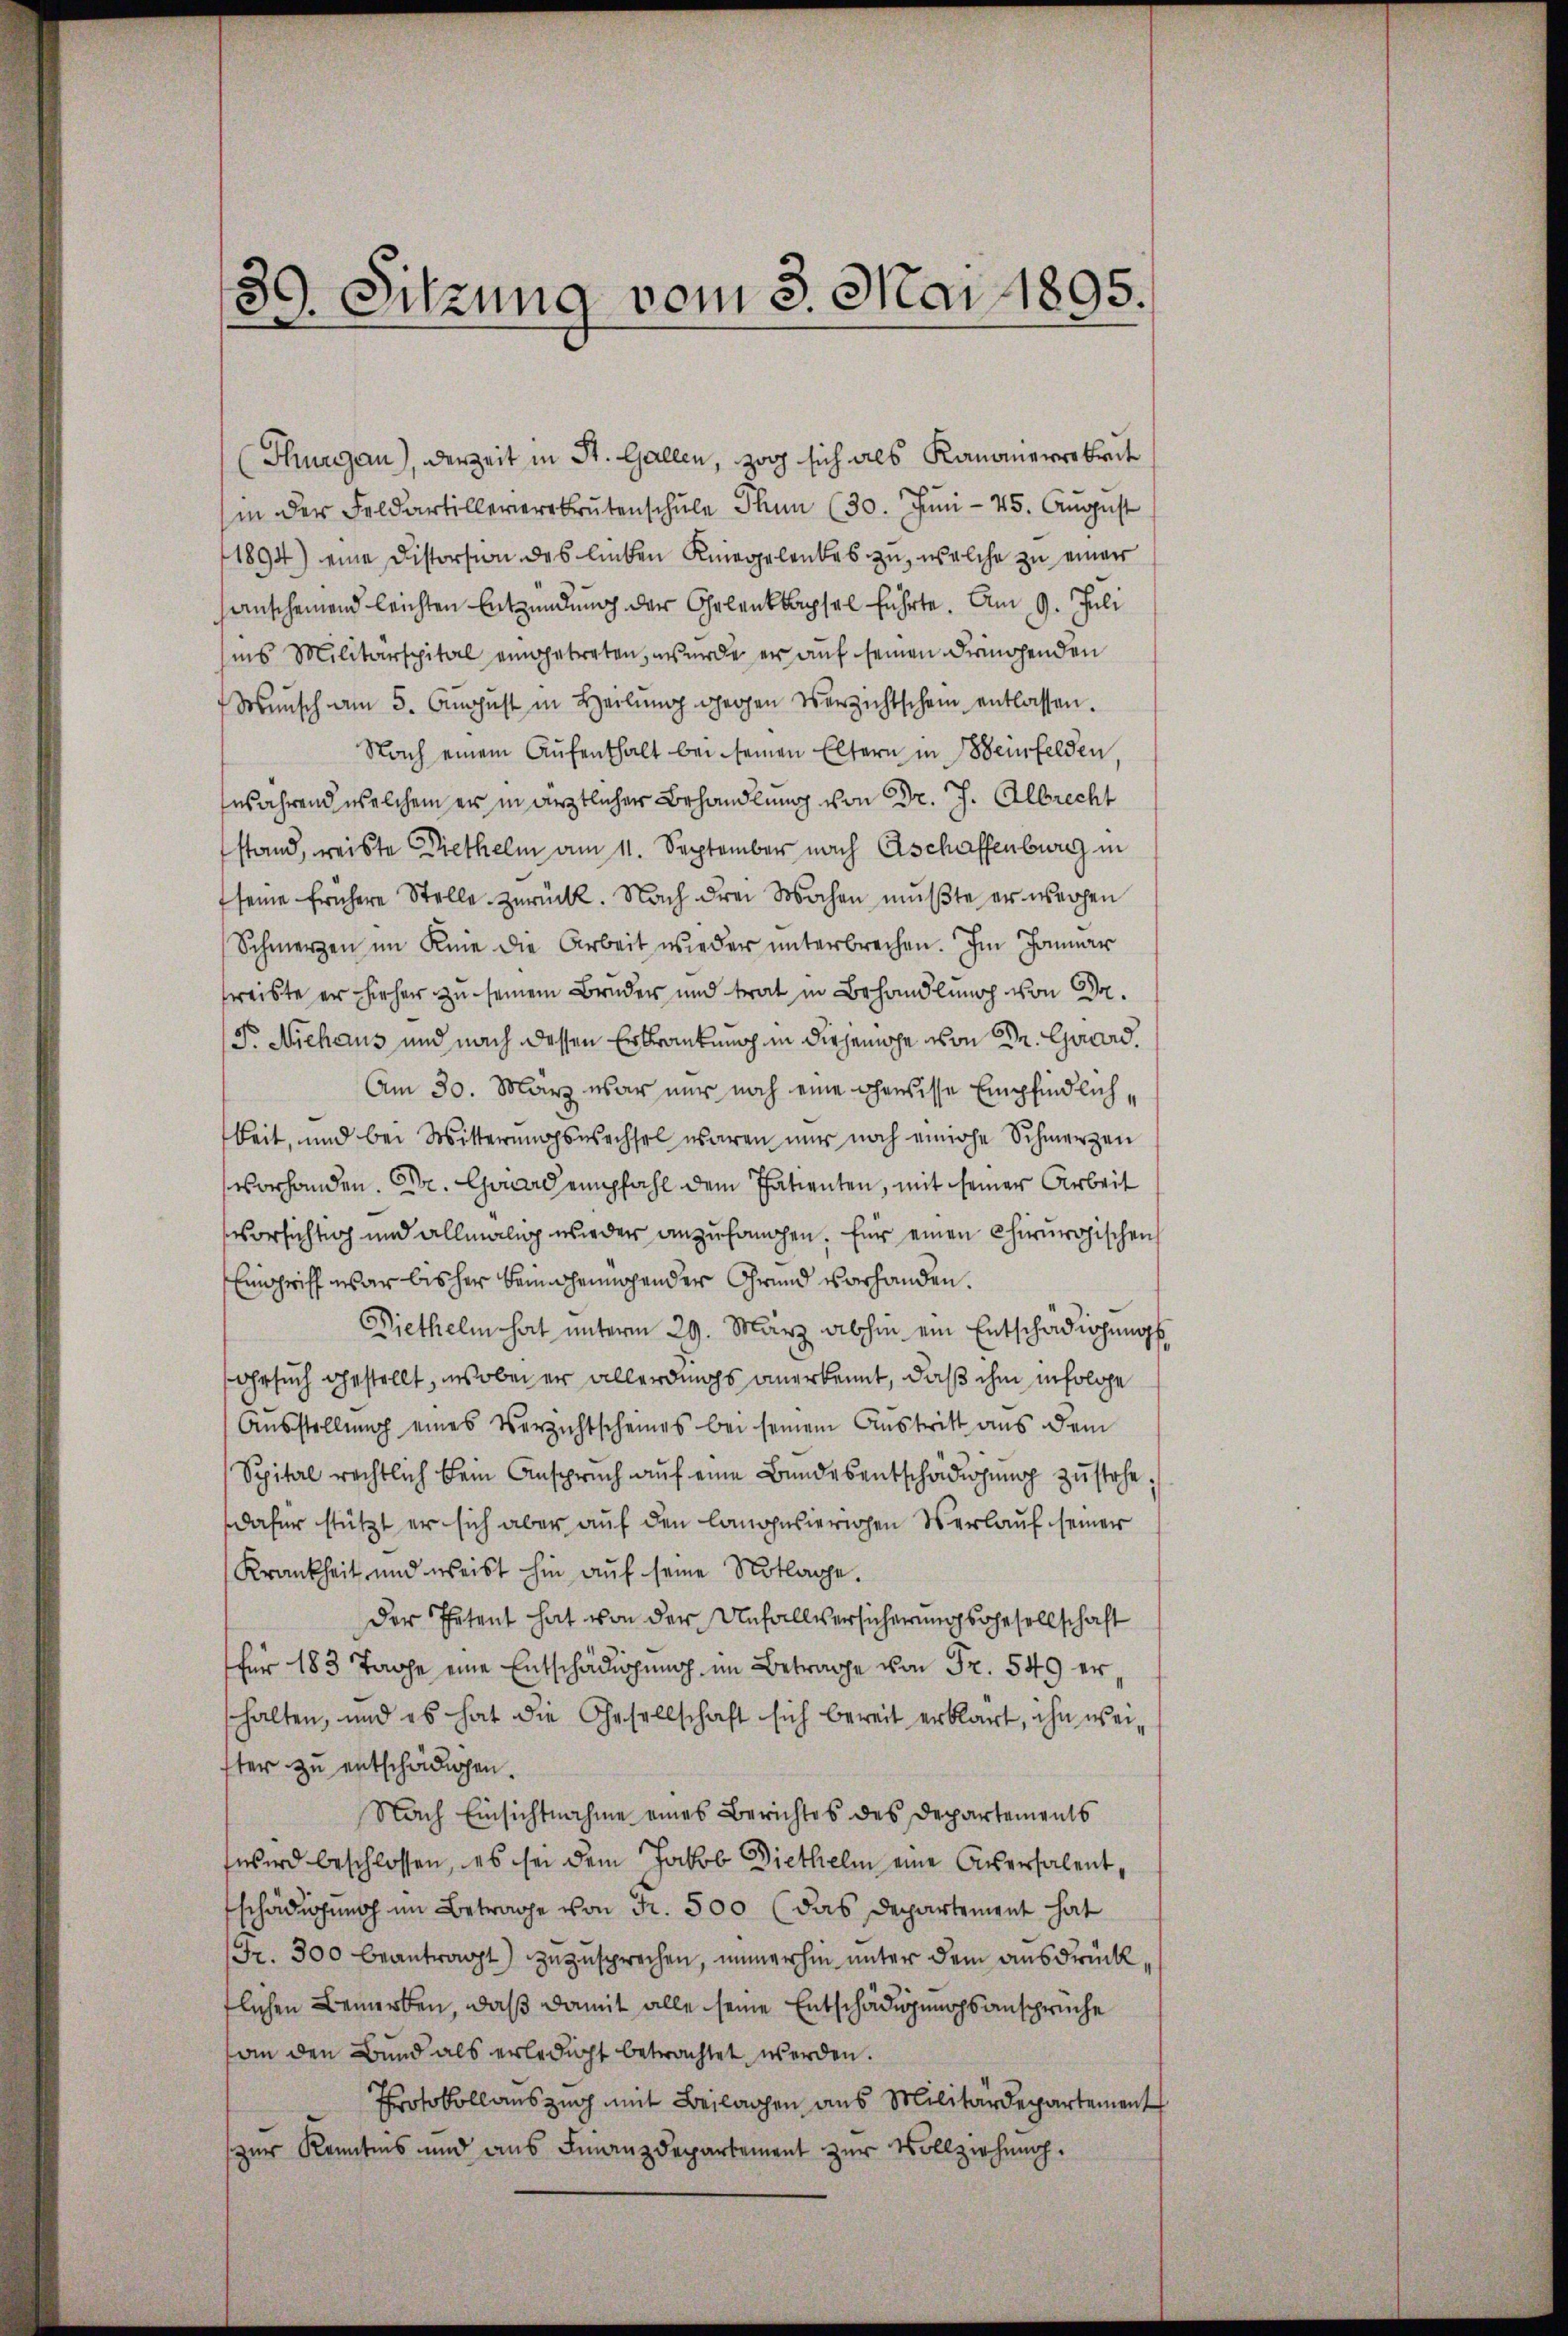
39. Sitzung vom 3. Mai 1895.

Thurgau), derzeit in St. Gallen, zog sich als Kanonerabreit
in der Feldartilleverbrütenschŭle Thun (30. Jŭni - 45. August
1894) eine Distorsion des lieben Kniegelentes zu, welche zu einer
anscheinend leichten Entzündung der Gelenkkapsel führte. Am 9. Juli
sins Militärspital eingetreten, wurde er auf seinen dringenden
Wünsch am 5. August in Heilŭng gegen Verzichtschein entlassen.
Nach einem Aufenthalt bei seinen Eltern in Beinfelden,
während welchem er in ärztlicher Behandlung von Dr. J. Albrecht
stand, weiste Diethelm am 11. September nach Aschaffenburg in
seine frühere Stelle zurück. Nach drei Wochen müßte er wegen
Schmerzen im Knie die Arbeit wieder unterbrechen. Im Januar
reiste er her zu seinen Bruder und trat in Behandlung von Dr.
T. Niehaus und nach dessen Erkrankung in diesemache von Se. Guard,
Am 30. März war nur noch eine gewisse Empfindlichkeit, und bei Witterungswechsel waren nur noch einige Schmerzen
vorhanden. Dr. Grad empfahl dem Patienten, mit seiner Arbeit
vorsichtig und allmälig wieder anzufamchen. Für einen Chirurgischen
Eingriff war bisher bemühennochender Grund vorhanden.
Diethelm hat unterm 29. März abhin ein Entschädigungs
Gesuch gestellt, ins obei er allerdings anerkennt, daß ihm infolge
Ausstellung eines Verzichtscheines bei seinem Austritt aus dem
Spital rechtlich kein Anspruch auf eine Bundesentschädigung zustehe,
dafür stützt er sich aber auf den langesierigen Verlauf seiner
Krankheit und weist hin auf seine Notlage.
der Petent hat von der Unfallversicherungsgesellschaft
für 183 Tage eine Entschädigung im Betrage von Fr. 549 ershalten, und es hat die Gesellschaft sich bereit erklärt, ihn weister zu entschädigen.
Nach Einsichtnahme eines Berichtes des Departements
wird beschlossen, es sei dem Jakob Diethelm eine Aversalent,
schädigung im Betrage von Fr. 500 (das Departement hat
Fr. 300 beantragt) zuzusprechen, immerhin unter dem ausdrück,
flichen Bemerken, daß damit alle seine Entschädigungsansprüche
an den Bund als erledigt betrachtet werden.
Protokollauszug mit Beilagen aus Militärdepartement
zur Kenntnis und aus Finanzdepartement zur Vollziehung.